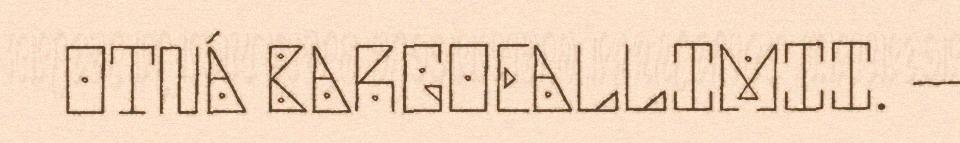
OTNÁ BARGOEALLIMII. –